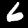
Digit: 6